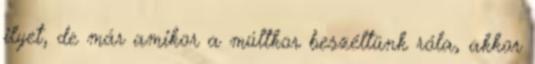
ilyet, de már amikor a múltkor beszéltünk róla, akkor